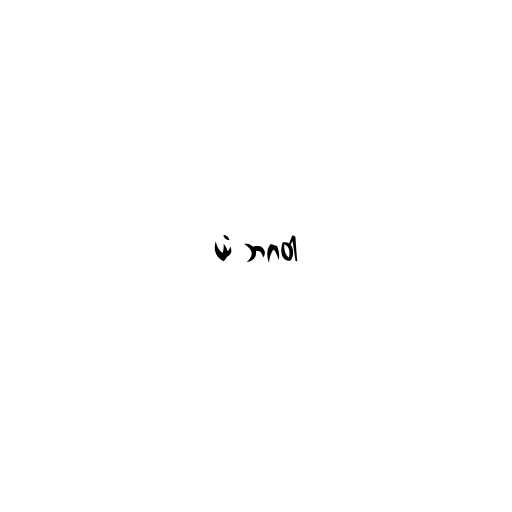
ယံ ဘဂဝါ